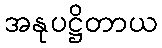
အနုပဋ္ဌိတာယ